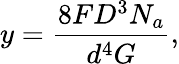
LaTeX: y=\frac{8FD^{3}N_{a}}{d^{4}G},